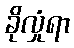
ခိုလှုံရာ